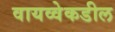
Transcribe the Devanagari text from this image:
वायव्वेकडील